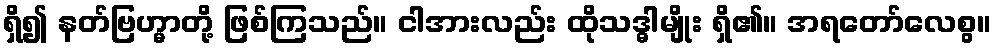
ရှိ၍ နတ်ဗြဟ္မာတို့ ဖြစ်ကြသည်။ ငါအားလည်း ထိုသဒ္ဓါမျိုး ရှိ၏။ အရတော်လေစွ။